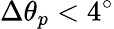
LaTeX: \Delta\theta_{p}<4^{\circ}